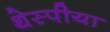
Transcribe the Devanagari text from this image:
थेस्पीया